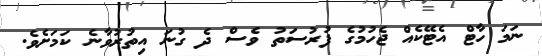
ނަމަ ހާޓް އެޓޭކެއް ޖެހުމުގެ ފުރުސަތު ވެސް ދެ ގުނަ އިތުރުވާނެ ކަމަށެވެ.